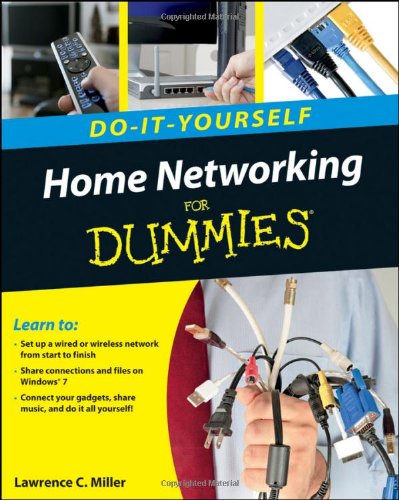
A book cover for Home Networking Do-It-Yourself For Dummies; Lawrence C. Miller; Computers & Technology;